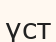
үст